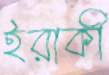
ইরাকী